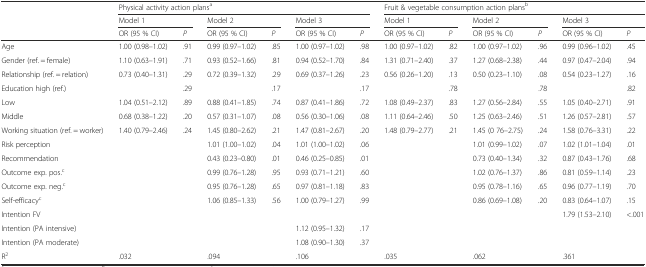
<table><thead><tr><td rowspan="3"></td><td colspan="6"><b>Physical activity action plans<sup>a</sup></b></td><td colspan="6"><b>Fruit &amp; vegetable consumption action plans<sup>b</sup></b></td></tr><tr><td colspan="2"><b>Model 1</b></td><td colspan="2"><b>Model 2</b></td><td colspan="2"><b>Model 3</b></td><td colspan="2"><b>Model 1</b></td><td colspan="2"><b>Model 2</b></td><td colspan="2"><b>Model 3</b></td></tr><tr><td><b>OR (95 % CI)</b></td><td><b><i>P</i></b></td><td><b>OR (95 % CI)</b></td><td><b><i>P</i></b></td><td><b>OR (95 % CI)</b></td><td><b><i>P</i></b></td><td><b>OR (95 % CI)</b></td><td><b><i>P</i></b></td><td><b>OR (95 % CI)</b></td><td><b><i>P</i></b></td><td><b>OR (95 % CI)</b></td><td><b><i>P</i></b></td></tr></thead><tbody><tr><td>Age</td><td>1.00 (0.98–1.02)</td><td>.91</td><td>0.99 (0.97–1.02)</td><td>.85</td><td>1.00 (0.97–1.02)</td><td>.98</td><td>1.00 (0.97–1.02)</td><td>.82</td><td>1.00 (0.97–1.02)</td><td>.96</td><td>0.99 (0.96–1.02)</td><td>.45</td></tr><tr><td>Gender (ref. = female)</td><td>1.10 (0.63–1.91)</td><td>.71</td><td>0.93 (0.52–1.66)</td><td>.81</td><td>0.94 (0.52–1.70)</td><td>.84</td><td>1.31 (0.71–2.40)</td><td>.37</td><td>1.27 (0.68–2.38)</td><td>.44</td><td>0.97 (0.47–2.04)</td><td>.94</td></tr><tr><td>Relationship (ref. = relation)</td><td>0.73 (0.40–1.31)</td><td>.29</td><td>0.72 (0.39–1.32)</td><td>.29</td><td>0.69 (0.37–1.26)</td><td>.23</td><td>0.56 (0.26–1.20)</td><td>.13</td><td>0.50 (0.23–1.10)</td><td>.08</td><td>0.54 (0.23–1.27)</td><td>.16</td></tr><tr><td>Education high (ref.)</td><td></td><td>.29</td><td></td><td>.17</td><td></td><td>.17</td><td></td><td>.78</td><td></td><td>.78</td><td></td><td>.82</td></tr><tr><td>Low</td><td>1.04 (0.51–2.12)</td><td>.89</td><td>0.88 (0.41–1.85)</td><td>.74</td><td>0.87 (0.41–1.86)</td><td>.72</td><td>1.08 (0.49–2.37)</td><td>.83</td><td>1.27 (0.56–2.84)</td><td>.55</td><td>1.05 (0.40–2.71)</td><td>.91</td></tr><tr><td>Middle</td><td>0.68 (0.38–1.22)</td><td>.20</td><td>0.57 (0.31–1.07)</td><td>.08</td><td>0.56 (0.30–1.06)</td><td>.08</td><td>1.11 (0.64–2.46)</td><td>.50</td><td>1.25 (0.63–2.46)</td><td>.51</td><td>1.26 (0.57–2.81)</td><td>.57</td></tr><tr><td>Working situation (ref. = worker)</td><td>1.40 (0.79–2.46)</td><td>.24</td><td>1.45 (0.80–2.62)</td><td>.21</td><td>1.47 (0.81–2.67)</td><td>.20</td><td>1.48 (0.79–2.77)</td><td>.21</td><td>1.45 (0 76–2.75)</td><td>.24</td><td>1.58 (0.76–3.31)</td><td>.22</td></tr><tr><td>Risk perception</td><td></td><td></td><td>1.01 (1.00–1.02)</td><td>.04</td><td>1.01 (1.00–1.02)</td><td>.06</td><td></td><td></td><td>1.01 (0.99–1.02)</td><td>.07</td><td>1.02 (1.01–1.04)</td><td>.01</td></tr><tr><td>Recommendation</td><td></td><td></td><td>0.43 (0.23–0.80)</td><td>.01</td><td>0.46 (0.25–0.85)</td><td>.01</td><td></td><td></td><td>0.73 (0.40–1.34)</td><td>.32</td><td>0.87 (0.43–1.76)</td><td>.68</td></tr><tr><td>Outcome exp. pos.<sup>c</sup></td><td></td><td></td><td>0.99 (0.76–1.28)</td><td>.95</td><td>0.93 (0.71–1.21)</td><td>.60</td><td></td><td></td><td>1.02 (0.76–1.37)</td><td>.86</td><td>0.81 (0.59–1.14)</td><td>.23</td></tr><tr><td>Outcome exp. neg.<sup>c</sup></td><td></td><td></td><td>0.95 (0.76–1.28)</td><td>.65</td><td>0.97 (0.81–1.18)</td><td>.83</td><td></td><td></td><td>0.95 (0.78–1.16)</td><td>.65</td><td>0.96 (0.77–1.19)</td><td>.70</td></tr><tr><td>Self-efficacy<sup>c</sup></td><td></td><td></td><td>1.06 (0.85–1.33)</td><td>.56</td><td>1.00 (0.79–1.27)</td><td>.99</td><td></td><td></td><td>0.86 (0.69–1.08)</td><td>.20</td><td>0.83 (0.64–1.07)</td><td>.15</td></tr><tr><td>Intention FV</td><td></td><td></td><td></td><td></td><td></td><td></td><td></td><td></td><td></td><td></td><td>1.79 (1.53–2.10)</td><td>&lt;.001</td></tr><tr><td>Intention (PA intensive)</td><td></td><td></td><td></td><td></td><td>1.12 (0.95–1.32)</td><td>.17</td><td></td><td></td><td></td><td></td><td></td><td></td></tr><tr><td>Intention (PA moderate)</td><td></td><td></td><td></td><td></td><td>1.08 (0.90–1.30)</td><td>.37</td><td></td><td></td><td></td><td></td><td></td><td></td></tr><tr><td>R<sup>2</sup></td><td>.032</td><td></td><td>.094</td><td></td><td>.106</td><td></td><td>.035</td><td></td><td>.062</td><td></td><td>.361</td><td></td></tr></tbody></table>